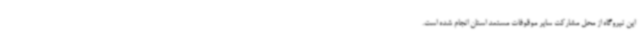
این نیروگاه از محل مشارکت سایر موقوفات مستعد استان انجام شده است.